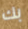
بك